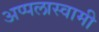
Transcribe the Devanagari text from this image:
अप्पलास्वामी